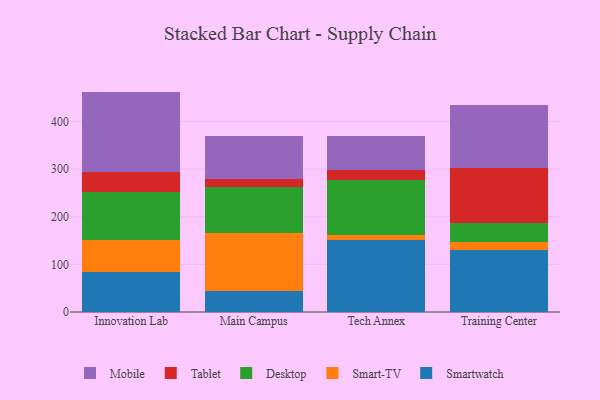
{"axis": {"x": "Campus", "y": "Budget (USD K)"}, "legend": ["Desktop", "Mobile", "Smart-TV", "Smartwatch", "Tablet"], "data": [{"x": "Innovation Lab", "y": 83.5, "type": "Smartwatch"}, {"x": "Innovation Lab", "y": 67.4, "type": "Smart-TV"}, {"x": "Innovation Lab", "y": 100.9, "type": "Desktop"}, {"x": "Innovation Lab", "y": 41.6, "type": "Tablet"}, {"x": "Innovation Lab", "y": 169.5, "type": "Mobile"}, {"x": "Main Campus", "y": 44.2, "type": "Smartwatch"}, {"x": "Main Campus", "y": 121.9, "type": "Smart-TV"}, {"x": "Main Campus", "y": 96.0, "type": "Desktop"}, {"x": "Main Campus", "y": 16.5, "type": "Tablet"}, {"x": "Main Campus", "y": 91.9, "type": "Mobile"}, {"x": "Tech Annex", "y": 151.7, "type": "Smartwatch"}, {"x": "Tech Annex", "y": 9.3, "type": "Smart-TV"}, {"x": "Tech Annex", "y": 116.8, "type": "Desktop"}, {"x": "Tech Annex", "y": 19.7, "type": "Tablet"}, {"x": "Tech Annex", "y": 72.5, "type": "Mobile"}, {"x": "Training Center", "y": 130.0, "type": "Smartwatch"}, {"x": "Training Center", "y": 16.5, "type": "Smart-TV"}, {"x": "Training Center", "y": 40.0, "type": "Desktop"}, {"x": "Training Center", "y": 115.3, "type": "Tablet"}, {"x": "Training Center", "y": 132.5, "type": "Mobile"}]}